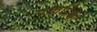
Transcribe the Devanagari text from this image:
पाचापेक्षा